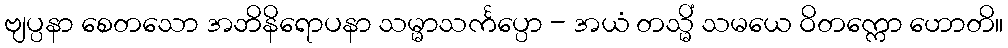
ဗျပ္ပနာ စေတသော အဘိနိရောပနာ သမ္မာသင်္ကပ္ပော - အယံ တသ္မိံ သမယေ ဝိတက္ကော ဟောတိ။